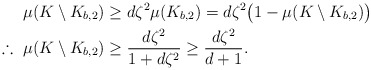
\begin{align*} \mu(K \setminus K_{b,2}) &\geq d \zeta^2 \mu(K_{b,2}) = d \zeta^2 \big( 1- \mu(K \setminus K_{b,2}) \big)\\\therefore\ \mu(K \setminus K_{b,2}) &\geq \frac{d\zeta^2}{1 + d \zeta^2} \geq \frac{d \zeta^2}{d+1}.\end{align*}